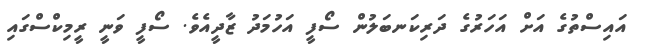
އައިސްތުގެ އަށް އަހަރުގެ ދަރިކަނބަލުން ސޯފީ އަހުމަދު ޒާދީއެވެ. ސޯފީ ވަނީ ރީމިކްސްގައި